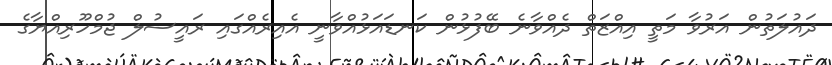
ދައުލަތުން އަރުވާ މަތީ އިއްޒަތް ދެއްވާނެ ބޭފުޅުން ކަނޑައަޅުއްވާނީ އެއިރެއްގައި ރައީސުލް ޖުމްހޫރިއްޔާގެ